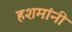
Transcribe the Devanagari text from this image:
हशमांनी